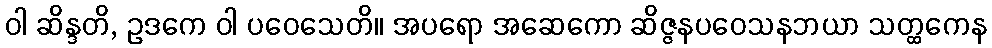
ဝါ ဆိန္ဒတိ, ဥဒကေ ဝါ ပဝေသေတိ။ အပရော အဆေကော ဆိဇ္ဇနပဝေသနဘယာ သတ္ထကေန